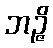
ဘဉ္ဇိ